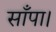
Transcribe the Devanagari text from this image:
साँपा।